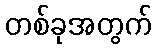
တစ်ခုအတွက်